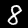
Digit: 8